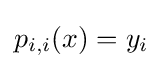
p_{i,i}(x)=y_{i}